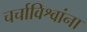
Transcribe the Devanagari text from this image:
चर्चाविश्वांना